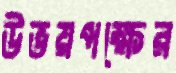
উভয়পক্ষের